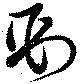
剄